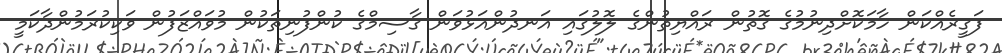
ފަގީރެއްކަން ހާމަކޮށްދިނުމުގެ ގޮތުން ރައްޔިތުންގެ ލޮލުގައި އަނދުންއަޅުވަން ގާސިމްގެ ކުންފުނިތަކުން މުވައްޒަފުން ވަކިކުރަމުންދާކަމީ